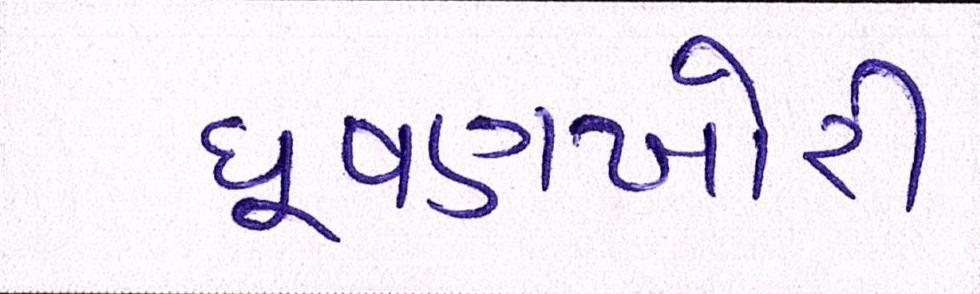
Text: ઘૂષણખોરી